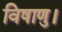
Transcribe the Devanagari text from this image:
विषाणु।